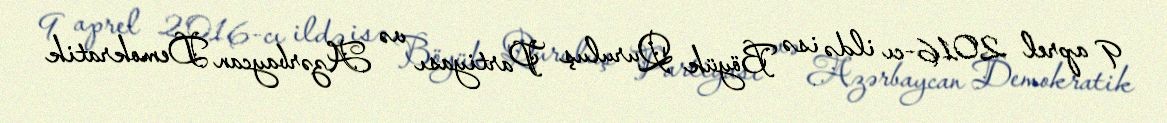
9 aprel 2016-cı ildə isə Böyük Quruluş Partiyası və Azərbaycan Demokratik